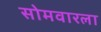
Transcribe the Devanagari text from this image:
सोमवारला